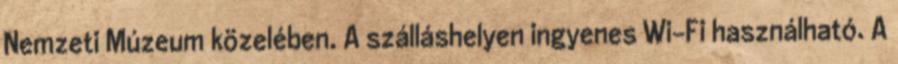
Nemzeti Múzeum közelében. A szálláshelyen ingyenes Wi-Fi használható. A